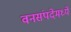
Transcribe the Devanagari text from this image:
वनसंपदेमध्ये